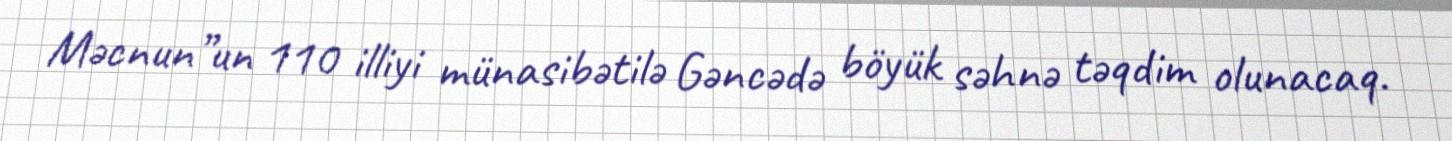
Məcnun”un 110 illiyi münasibətilə Gəncədə böyük səhnə təqdim olunacaq.